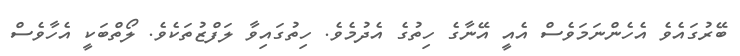
ބޭރުގައެވެ އެހެންނަމަވެސް އެއީ އޭނާގެ ހިތުގެ އެދުމެވެ. ހިތުގައިވާ ލަފްޒުތަކެވެ. ލޯތްބަކީ އެހާވެސް